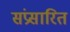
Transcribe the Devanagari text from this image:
संप्रसारित